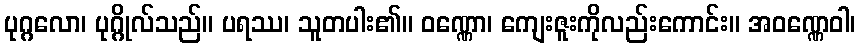
ပုဂ္ဂလော၊ ပုဂ္ဂိုလ်သည်။ ပရဿ၊ သူတပါး၏။ ဝဏ္ဏော၊ ကျေးဇူးကိုလည်းကောင်း။ အဝဏ္ဏေဝါ၊